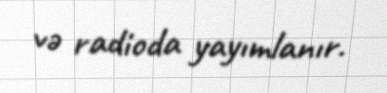
və radioda yayımlanır.